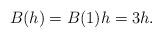
LaTeX: \begin{align*}B(h) = B(1)h = 3h.\end{align*}